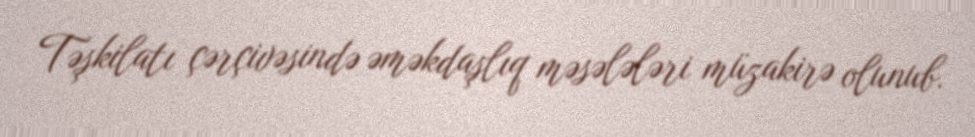
Təşkilatı çərçivəsində əməkdaşlıq məsələləri müzakirə olunub.